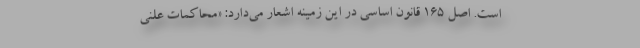
است. اصل ۱۶۵ قانون اساسی در این زمینه اشعار می‌دارد: «محاکمات علنی